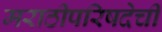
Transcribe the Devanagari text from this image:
मराठीपरिषदेची